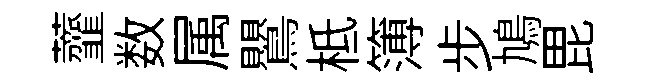
虀数属鸎柢簿步鳩毘